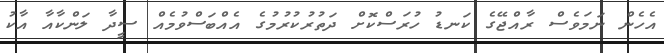
އެހެން ނަމަވެސް ރާއްޖޭގެ ކަނޑު ހުރަސްކޮށް ދަތުރުކުރުމުގެ އެއްބަސްވުމެއް ސީދާ ލަންކާއާ އާކު